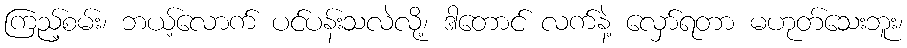
ကြည့်စမ်း၊ ဘယ့်လောက် ပင်ပန်းသလဲလို့၊ ဒါတောင် လက်နဲ့ လှော်ရတာ မဟုတ်သေးဘူး၊